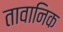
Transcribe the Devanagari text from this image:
तावानिक